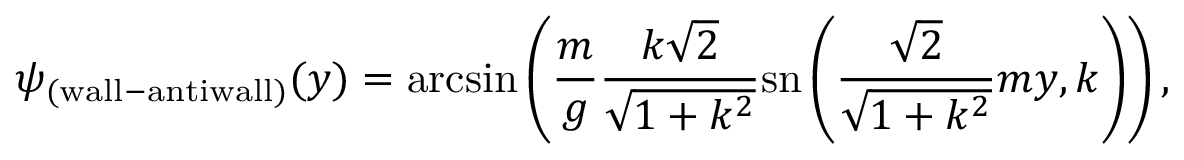
\psi _ { \mathrm { ( w a l l - a n t i w a l l ) } } ( y ) = \mathrm { a r c s i n } \left( { \frac { m } { g } } \frac { k \sqrt 2 } { \sqrt { 1 + k ^ { 2 } } } \mathrm { s n } \left( { \frac { \sqrt 2 } { \sqrt { 1 + k ^ { 2 } } } } m y , k \right) \right) ,